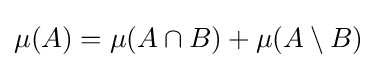
\mu (A)=\mu (A\cap B)+\mu (A\setminus B)